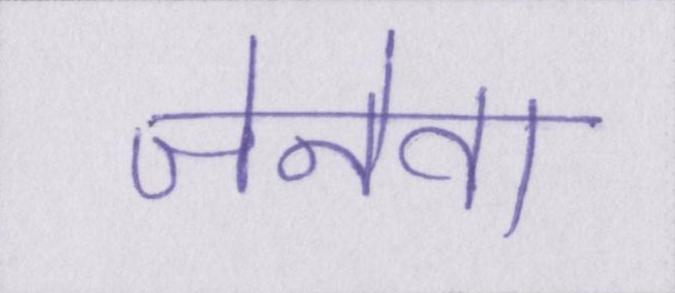
जेनेवा